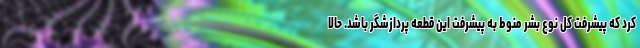
کرد که پیشرفت کل نوع بشر منوط به پیشرفت این قطعه پردازشگر باشد. حالا